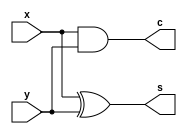
module half_add(x,y,s,c);
input x,y;
output s,c;
xor Sum(s,x,y);
and carry(c,x,y);
endmodule
module full_add(A,B,Ci,S,Co);
input A,B,Ci;
output S,Co;
wire S1,C1,C2;
half_add ps(A,B,S1,C1);
half_add sum(S1,Ci,S,C2);
or carry(Co, C1, C2);
endmodule